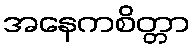
အနေကစိတ္တာ